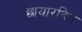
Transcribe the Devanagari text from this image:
छायारहित